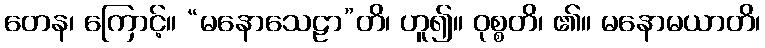
တေန၊ ကြောင့်။ “မနောသေဠာ”တိ၊ ဟူ၍။ ဝုစ္စတိ၊ ၏။ မနောမယာတိ၊